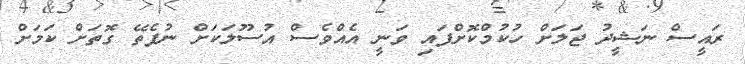
ރައީސް ނަޝީދު ޖަލަށް ހުކުމްކޮށްފައި ވަނީ އެއްވެސް އުސޫލަކަށް ނުފެތޭ ގޮތަށް ކަމަށް